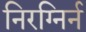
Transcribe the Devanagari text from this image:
निरग्निर्न